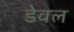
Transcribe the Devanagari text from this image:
डेवल